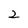
Character: 2